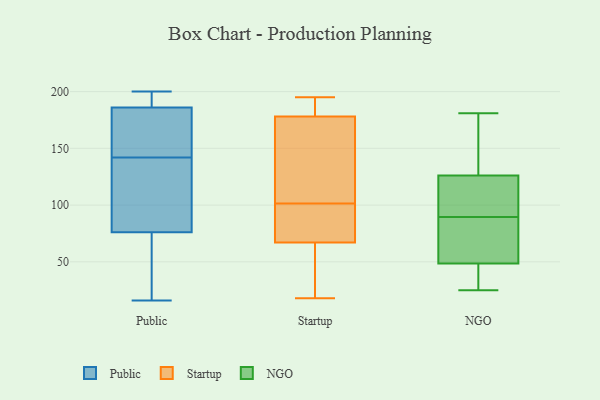
{"axis": {"x": "Market Share (%)", "y": "Value"}, "legend": ["NGO", "Public", "Startup"], "data": [{"x": "", "y": 30, "type": "Public"}, {"x": "", "y": 150, "type": "Public"}, {"x": "", "y": 186, "type": "Public"}, {"x": "", "y": 134, "type": "Public"}, {"x": "", "y": 188, "type": "Public"}, {"x": "", "y": 16, "type": "Public"}, {"x": "", "y": 116, "type": "Public"}, {"x": "", "y": 42, "type": "Public"}, {"x": "", "y": 200, "type": "Public"}, {"x": "", "y": 152, "type": "Public"}, {"x": "", "y": 165, "type": "Public"}, {"x": "", "y": 76, "type": "Public"}, {"x": "", "y": 133, "type": "Public"}, {"x": "", "y": 188, "type": "Public"}, {"x": "", "y": 110, "type": "Startup"}, {"x": "", "y": 67, "type": "Startup"}, {"x": "", "y": 195, "type": "Startup"}, {"x": "", "y": 20, "type": "Startup"}, {"x": "", "y": 186, "type": "Startup"}, {"x": "", "y": 117, "type": "Startup"}, {"x": "", "y": 63, "type": "Startup"}, {"x": "", "y": 20, "type": "Startup"}, {"x": "", "y": 71, "type": "Startup"}, {"x": "", "y": 67, "type": "Startup"}, {"x": "", "y": 119, "type": "Startup"}, {"x": "", "y": 93, "type": "Startup"}, {"x": "", "y": 178, "type": "Startup"}, {"x": "", "y": 190, "type": "Startup"}, {"x": "", "y": 69, "type": "Startup"}, {"x": "", "y": 189, "type": "Startup"}, {"x": "", "y": 18, "type": "Startup"}, {"x": "", "y": 121, "type": "Startup"}, {"x": "", "y": 90, "type": "NGO"}, {"x": "", "y": 177, "type": "NGO"}, {"x": "", "y": 42, "type": "NGO"}, {"x": "", "y": 96, "type": "NGO"}, {"x": "", "y": 101, "type": "NGO"}, {"x": "", "y": 58, "type": "NGO"}, {"x": "", "y": 50, "type": "NGO"}, {"x": "", "y": 118, "type": "NGO"}, {"x": "", "y": 173, "type": "NGO"}, {"x": "", "y": 125, "type": "NGO"}, {"x": "", "y": 25, "type": "NGO"}, {"x": "", "y": 62, "type": "NGO"}, {"x": "", "y": 47, "type": "NGO"}, {"x": "", "y": 181, "type": "NGO"}, {"x": "", "y": 127, "type": "NGO"}, {"x": "", "y": 89, "type": "NGO"}, {"x": "", "y": 45, "type": "NGO"}, {"x": "", "y": 75, "type": "NGO"}, {"x": "", "y": 133, "type": "NGO"}, {"x": "", "y": 27, "type": "NGO"}]}